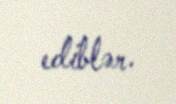
ediblər.